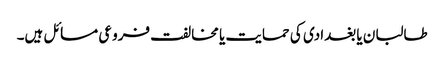
طالبان یا بغدادی کی حمایت یا مخالفت فروعی مسائل ہیں۔